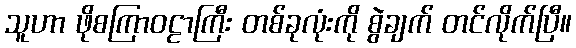
သူဟာ ဖိုစကြာဝဠာကြီး တစ်ခုလုံးကို စွဲချက် တင်လိုက်ပြီ။